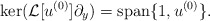
\begin{align*}{\rm ker}(\mathcal{L}[u^{(0)}]\partial_y)={\rm span}\{1,u^{(0)}\}.\end{align*}